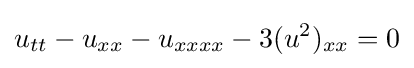
\displaystyle u_{tt}-u_{xx}-u_{xxxx}-3(u^{2})_{xx}=0